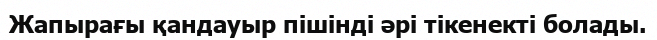
Жапырағы қандауыр пішінді әрі тікенекті болады.